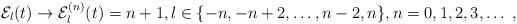
LaTeX: \begin{align*}\mathcal{E}_l(t)\rightarrow \mathcal{E}_l^{(n)}(t)=n+1,l\in\{-n,-n+2,\dots,n-2,n\},n=0, 1, 2, 3, \dots\;,\end{align*}